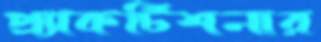
প্র্যাকটিশনার